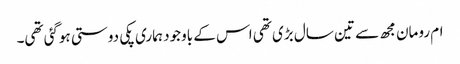
ام رومان مجھ سے تین سال بڑی تھی اس کے باوجود ہماری پکی دوستی ہوگئی تھی۔